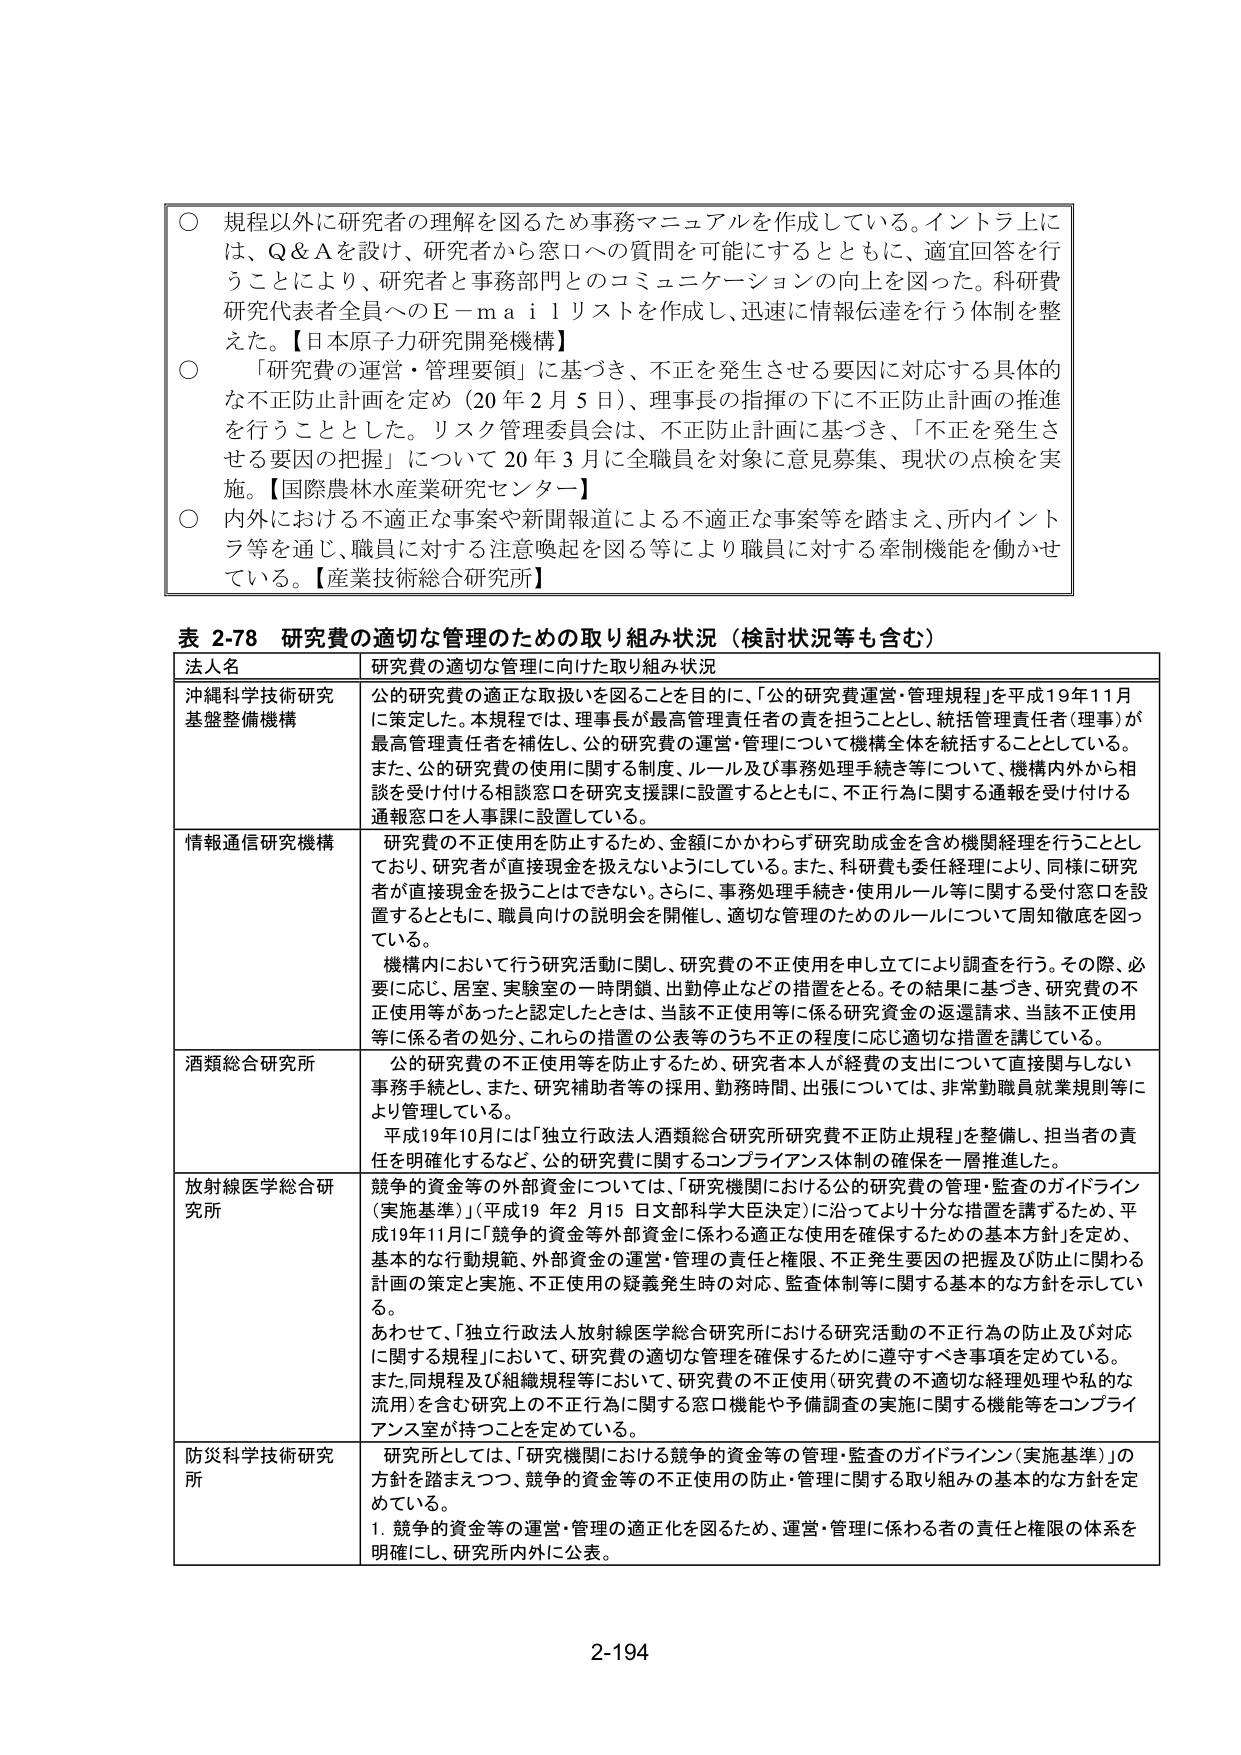
○ 規程以外に研究者の理解を図るため事務マニュアルを作成している。イントラ上には、Q＆Aを設け、研究者から窓口への質問を可能にするとともに、適宜回答を行うことにより、研究者と事務部門とのコミュニケーションの向上を図った。科研費研究代表者全員へのE－mailリストを作成し、迅速に情報伝達を行う体制を整えた。【日本原子力研究開発機構】

○ 「研究費の運営・管理要領」に基づき、不正を発生させる要因に対応する具体的な不正防止計画を定め（20年2月5日）、理事長の指揮の下に不正防止計画の推進を行うこととした。リスク管理委員会は、不正防止計画に基づき、「不正を発生させる要因の把握」について20年3月に全職員を対象に意見募集、現状の点検を実施。【国際農林水産業研究センター】

○ 内外における不適正な事案や新聞報道による不適正な事案等を踏まえ、所内イントラ等を通じ、職員に対する注意喚起を図る等により職員に対する牽制機能を働かせている。【産業技術総合研究所】

表 2-78 研究費の適切な管理のための取り組み状況（検討状況等も含む）

法人名 研究費の適切な管理に向けた取り組み状況

沖縄科学技術研究基盤整備機構 公的研究費の適正な取扱いを図ることを目的に、「公的研究費運営・管理規程」を平成19年11月に策定した。本規程では、理事長が最高管理責任者の責を担うこととし、統括管理責任者（理事）が最高管理責任者を補佐し、公的研究費の運営・管理について機構全体を統括することとしている。また、公的研究費の使用に関する制度、ルール及び事務処理手続き等について、機構内外から相談を受け付ける相談窓口を研究支援課に設置するとともに、不正行為に関する通報を受け付ける通報窓口を人事課に設置している。

情報通信研究機構 研究費の不正使用を防止するため、金額にかかわらず研究助成金を含め機関経理を行うこととしており、研究者が直接現金を扱えないようにしている。また、科研費も委任経理により、同様に研究者が直接現金を扱うことはできない。さらに、事務処理手続き・使用ルール等に関する受付窓口を設置するとともに、職員向けの説明会を開催し、適切な管理のためのルールについて周知徹底を図っている。

機構内において行う研究活動に関し、研究費の不正使用を申し立てにより調査を行う。その際、必要に応じ、居室、実験室の一時閉鎖、出勤停止などの措置をとる。その結果に基づき、研究費の不正使用等があったと認定したときは、当該不正使用等に係る研究資金の返還請求、当該不正使用等に係る者の処分、これらの措置の公表等のうち不正の程度に応じ適切な措置を講じている。

酒類総合研究所 公的研究費の不正使用等を防止するため、研究者本人が経費の支出について直接関与しない事務手続とし、また、研究補助者等の採用、勤務時間、出張については、非常勤職員就業規則等により管理している。

平成19年10月には「独立行政法人酒類総合研究所研究費不正防止規程」を整備し、担当者の責任を明確化するなど、公的研究費に関するコンプライアンス体制の確保を一層推進した。

放射線医学総合研究所 競争的資金等の外部資金については、「研究機関における公的研究費の管理・監査のガイドライン（実施基準）」（平成19年2月15日文部科学大臣決定）に沿ってより十分な措置を講ずるため、平成19年11月に「競争的資金等外部資金に係わる適正な使用を確保するための基本方針」を定め、基本的な行動規範、外部資金の運営・管理の責任と権限、不正発生要因の把握及び防止に関する計画の策定と実施、不正使用の疑義発生時の対応、監査体制等に関する基本的な方針を示している。

あわせて、「独立行政法人放射線医学総合研究所における研究活動の不正行為の防止及び対応に関する規程」において、研究費の適切な管理を確保するために遵守すべき事項を定めている。また、同規程及び組織規程等において、研究費の不正使用（研究費の不適切な経理処理や私的な流用）を含む研究上の不正行為に関する窓口機能や予備調査の実施に関する機能等をコンプライアンス室が持つことを定めている。

防災科学技術研究所 研究所としては、「研究機関における競争的資金等の管理・監査のガイドライン（実施基準）」の方針を踏まえつつ、競争的資金等の不正使用の防止・管理に関する取り組みの基本的な方針を定めている。

1. 競争的資金等の運営・管理の適正化を図るため、運営・管理に係わる者の責任と権限の体系を明確にし、研究所内外に公表。

2-194